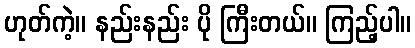
ဟုတ်ကဲ့။ နည်းနည်း ပို ကြီးတယ်။ ကြည့်ပါ။